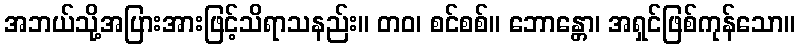
အဘယ်သို့အပြားအားဖြင့်သိရာသနည်း။ တဝ၊ စင်စစ်။ ဘောန္တော၊ အရှင်ဖြစ်ကုန်သော။